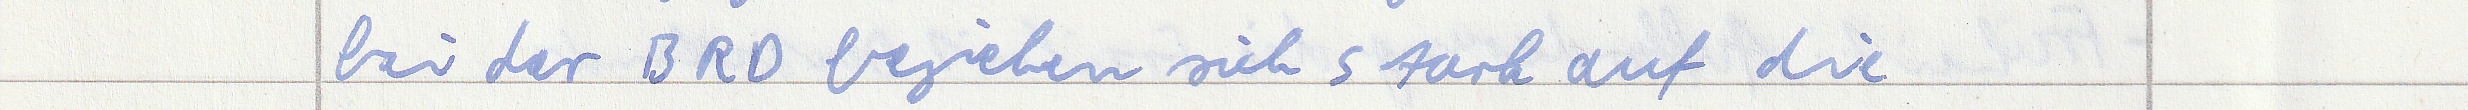
bei der BRD beziehen sich stark auf die